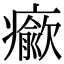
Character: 𤻍